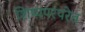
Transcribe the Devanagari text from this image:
शिष्यपरंपरेत